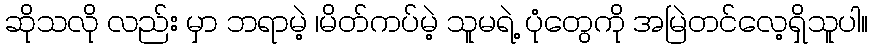
ဆိုသလို လည်း မှာ ဘရာမဲ့ ၊မိတ်ကပ်မဲ့ သူမရဲ့ ပုံတွေကို အမြဲတင်လေ့ရှိသူပါ။